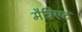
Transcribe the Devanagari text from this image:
मैट्रिएट